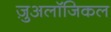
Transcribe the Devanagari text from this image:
ज़ुअलॉजिकल